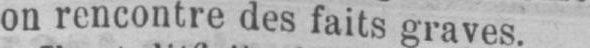
on rencontre des faits graves.